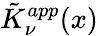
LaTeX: \tilde{K}_{\nu}^{app}(x)